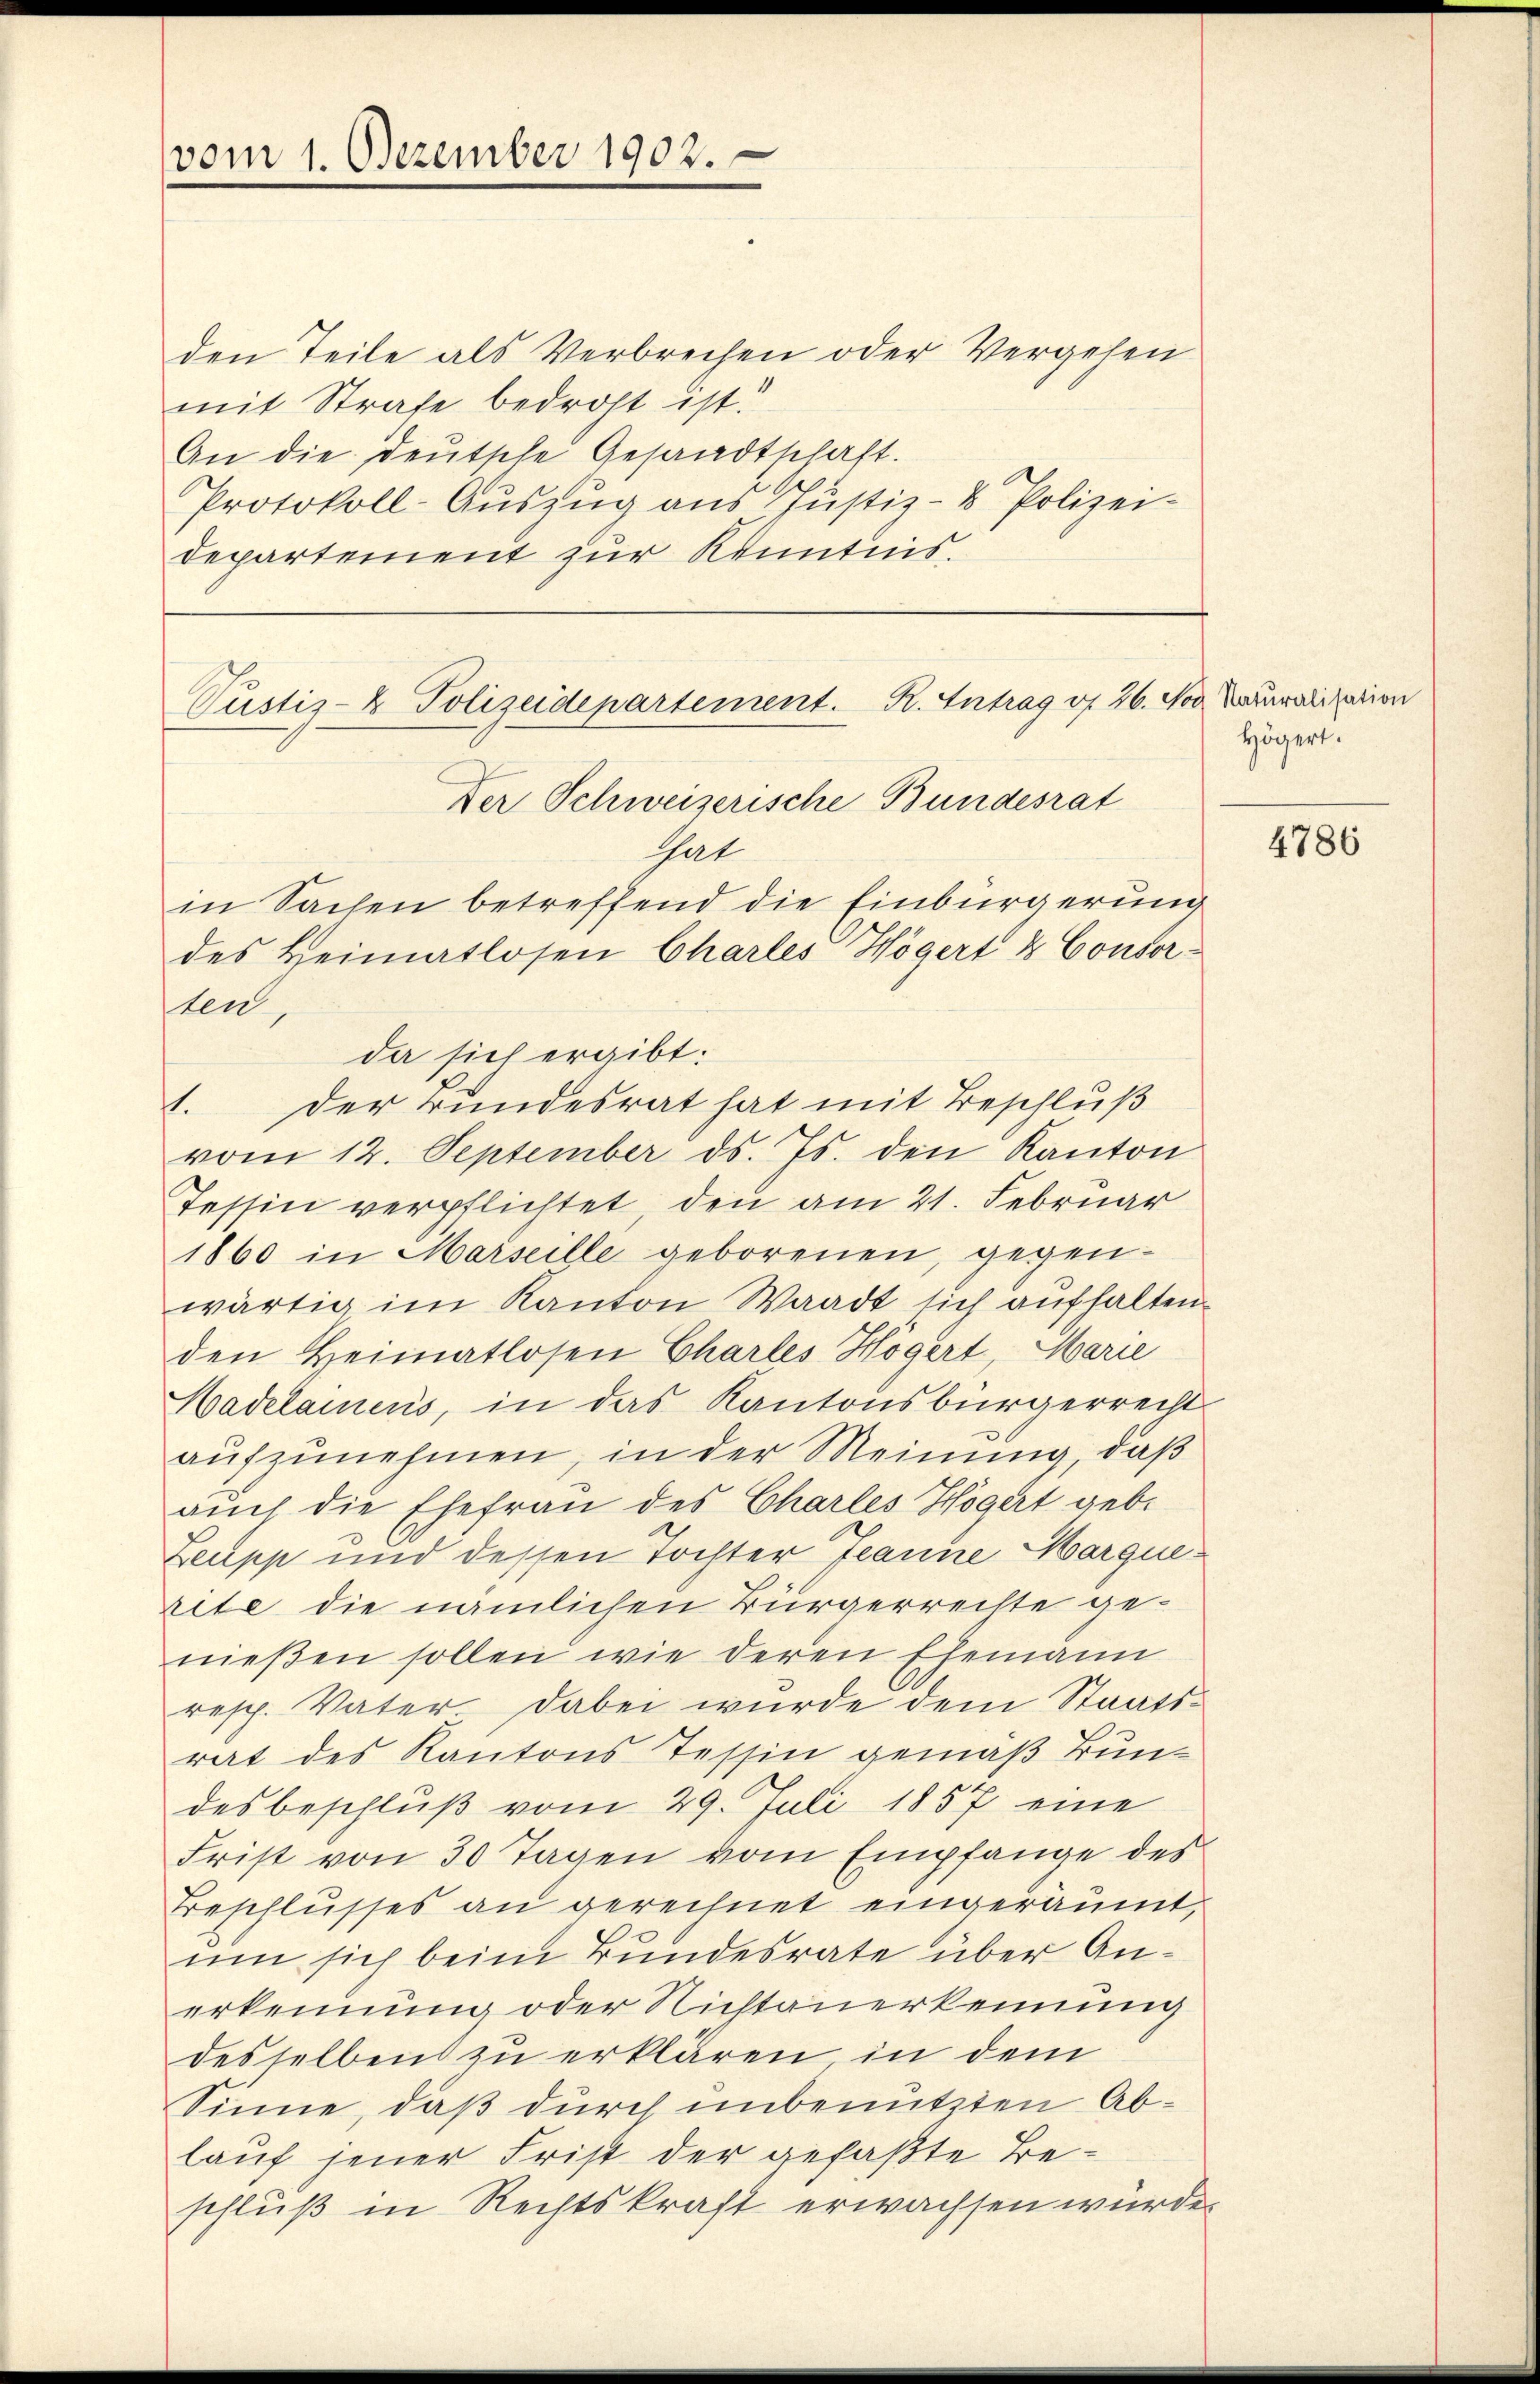
vom 1. Dezember 1902.

den Teile als Verbrechen oder Vergehen
mit Strafe bedroht ist?
An die deŭtsche Gesandtschaft.
Protokoll-Auszug aus Justiz- & Polizei-
departement zur Kenntnis.

Pustiz- & Polizeidepartement. R. Antrag v. 26. Nov. Lausalitarion
Der Schweizerische Bundesrat
Gat
in Sachen betreffend die Einbürgerung
des Heimatlosen Charles Högert & Consor-
ten,
da sich ergibt:
1. Der Bundesrat hat mit Beschluß

vom 12. September ds. Js. den Kanton
Tessin verpflichtet, den am 21. Februar
1860 in Marseille geborenen, gegenwärtig im Kanton Waadt sich aufhalten.
den Heimatlosen Charles Högert, Marie
Hadelainens, in das Kantonsbürgerrecht
aufzunehmen, in der Meinung, daß
auch die Ehefrau des Chartes Högert geb.
Zeupp und dessen Tochter Jeanne Marquerite die nämlichen Bürgerrechte genießen sollen wie deren Ehemann
resp. Vater. Dabei wurde dem Staatsrat des Kantons Tessin gemäß Bundes beschluß vom 29. Juli 1857 eine
Frist von 30 Tagen vom Empfange des
Beschlusses an gerechnet eingeräumt,
um sich beim Bundesrate über Anerkennung oder Nichtanerkennung
desselben zu erklären in dem
Sinne, daß durch unbenutzten Ablauf jener Frist der gefaßte Beschluß in Rechtskraft erwachsen würde.

Högert.

4786